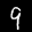
Label: 9